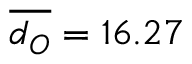
\overline { { d _ { O } } } = 1 6 . 2 7